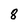
Character: 8